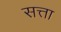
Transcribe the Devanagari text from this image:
सत्ता